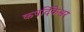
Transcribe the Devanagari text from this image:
कपर्दिकेश्वर